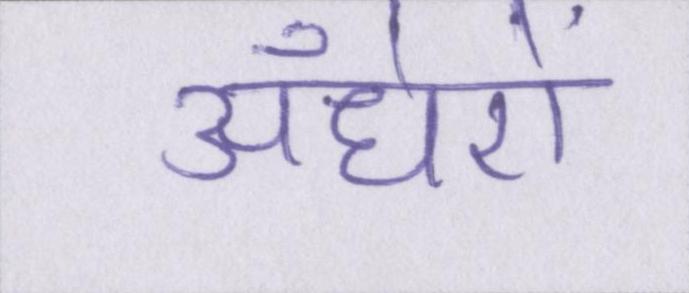
अँधेरों